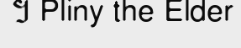
។ Pliny the Elder